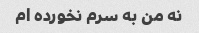
نه من به سرم نخورده ام